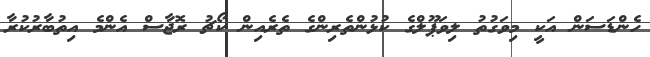
ހެންޑަސަން އަކީ މިވަގުތު ލިވަޕޫލްގެ ކުޅުންތެރިންގެ ތެރެއިން ކޯޗު ރޮޖާސް އެންމެ އިތުބާރުކުރާ